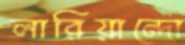
লারিয়ান্দো